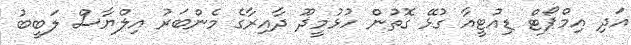
އަދި އިމްޕޯޓް ޑިއުޓީއާ ގުޅޭ ގޮތުން ހުޅުމީދޫ ދާއިރާގެ މެންބަރު އިލްޔާސް ލަބީބު